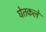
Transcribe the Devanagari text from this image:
घेतकले